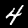
Label: 4